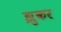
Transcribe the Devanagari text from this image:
झुकर